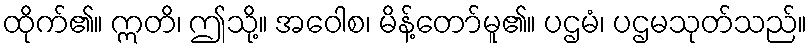
ထိုက်၏။ ဣတိ၊ ဤသို့။ အဝေါစ၊ မိန့်တော်မူ၏။ ပဌမံ၊ ပဌမသုတ်သည်။